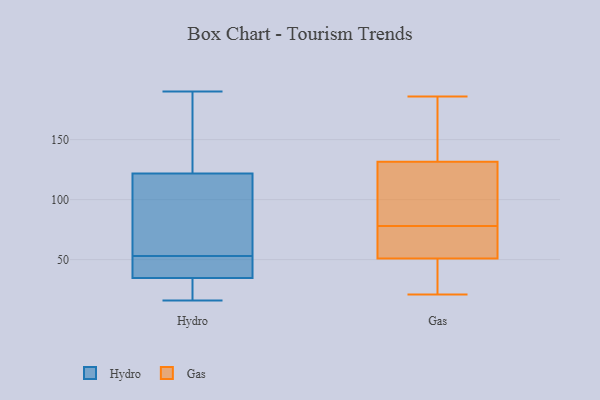
{"axis": {"x": "Conversion Rate (%)", "y": "Value"}, "legend": ["Gas", "Hydro"], "data": [{"x": "", "y": 17, "type": "Hydro"}, {"x": "", "y": 163, "type": "Hydro"}, {"x": "", "y": 67, "type": "Hydro"}, {"x": "", "y": 19, "type": "Hydro"}, {"x": "", "y": 48, "type": "Hydro"}, {"x": "", "y": 16, "type": "Hydro"}, {"x": "", "y": 108, "type": "Hydro"}, {"x": "", "y": 53, "type": "Hydro"}, {"x": "", "y": 70, "type": "Hydro"}, {"x": "", "y": 36, "type": "Hydro"}, {"x": "", "y": 37, "type": "Hydro"}, {"x": "", "y": 112, "type": "Hydro"}, {"x": "", "y": 151, "type": "Hydro"}, {"x": "", "y": 37, "type": "Hydro"}, {"x": "", "y": 174, "type": "Hydro"}, {"x": "", "y": 31, "type": "Hydro"}, {"x": "", "y": 190, "type": "Hydro"}, {"x": "", "y": 110, "type": "Gas"}, {"x": "", "y": 38, "type": "Gas"}, {"x": "", "y": 52, "type": "Gas"}, {"x": "", "y": 21, "type": "Gas"}, {"x": "", "y": 64, "type": "Gas"}, {"x": "", "y": 93, "type": "Gas"}, {"x": "", "y": 186, "type": "Gas"}, {"x": "", "y": 146, "type": "Gas"}, {"x": "", "y": 151, "type": "Gas"}, {"x": "", "y": 79, "type": "Gas"}, {"x": "", "y": 50, "type": "Gas"}, {"x": "", "y": 66, "type": "Gas"}, {"x": "", "y": 77, "type": "Gas"}, {"x": "", "y": 117, "type": "Gas"}, {"x": "", "y": 154, "type": "Gas"}, {"x": "", "y": 40, "type": "Gas"}, {"x": "", "y": 94, "type": "Gas"}, {"x": "", "y": 37, "type": "Gas"}, {"x": "", "y": 61, "type": "Gas"}, {"x": "", "y": 153, "type": "Gas"}]}